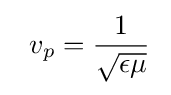
\;\;v_{p}={1 \over {\sqrt {\epsilon \mu }}}\;